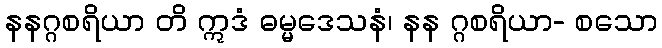
နနဂ္ဂစရိယာ တိ ဣဒံ ဓမ္မဒေသနံ၊ နန ဂ္ဂစရိယာ- စသော